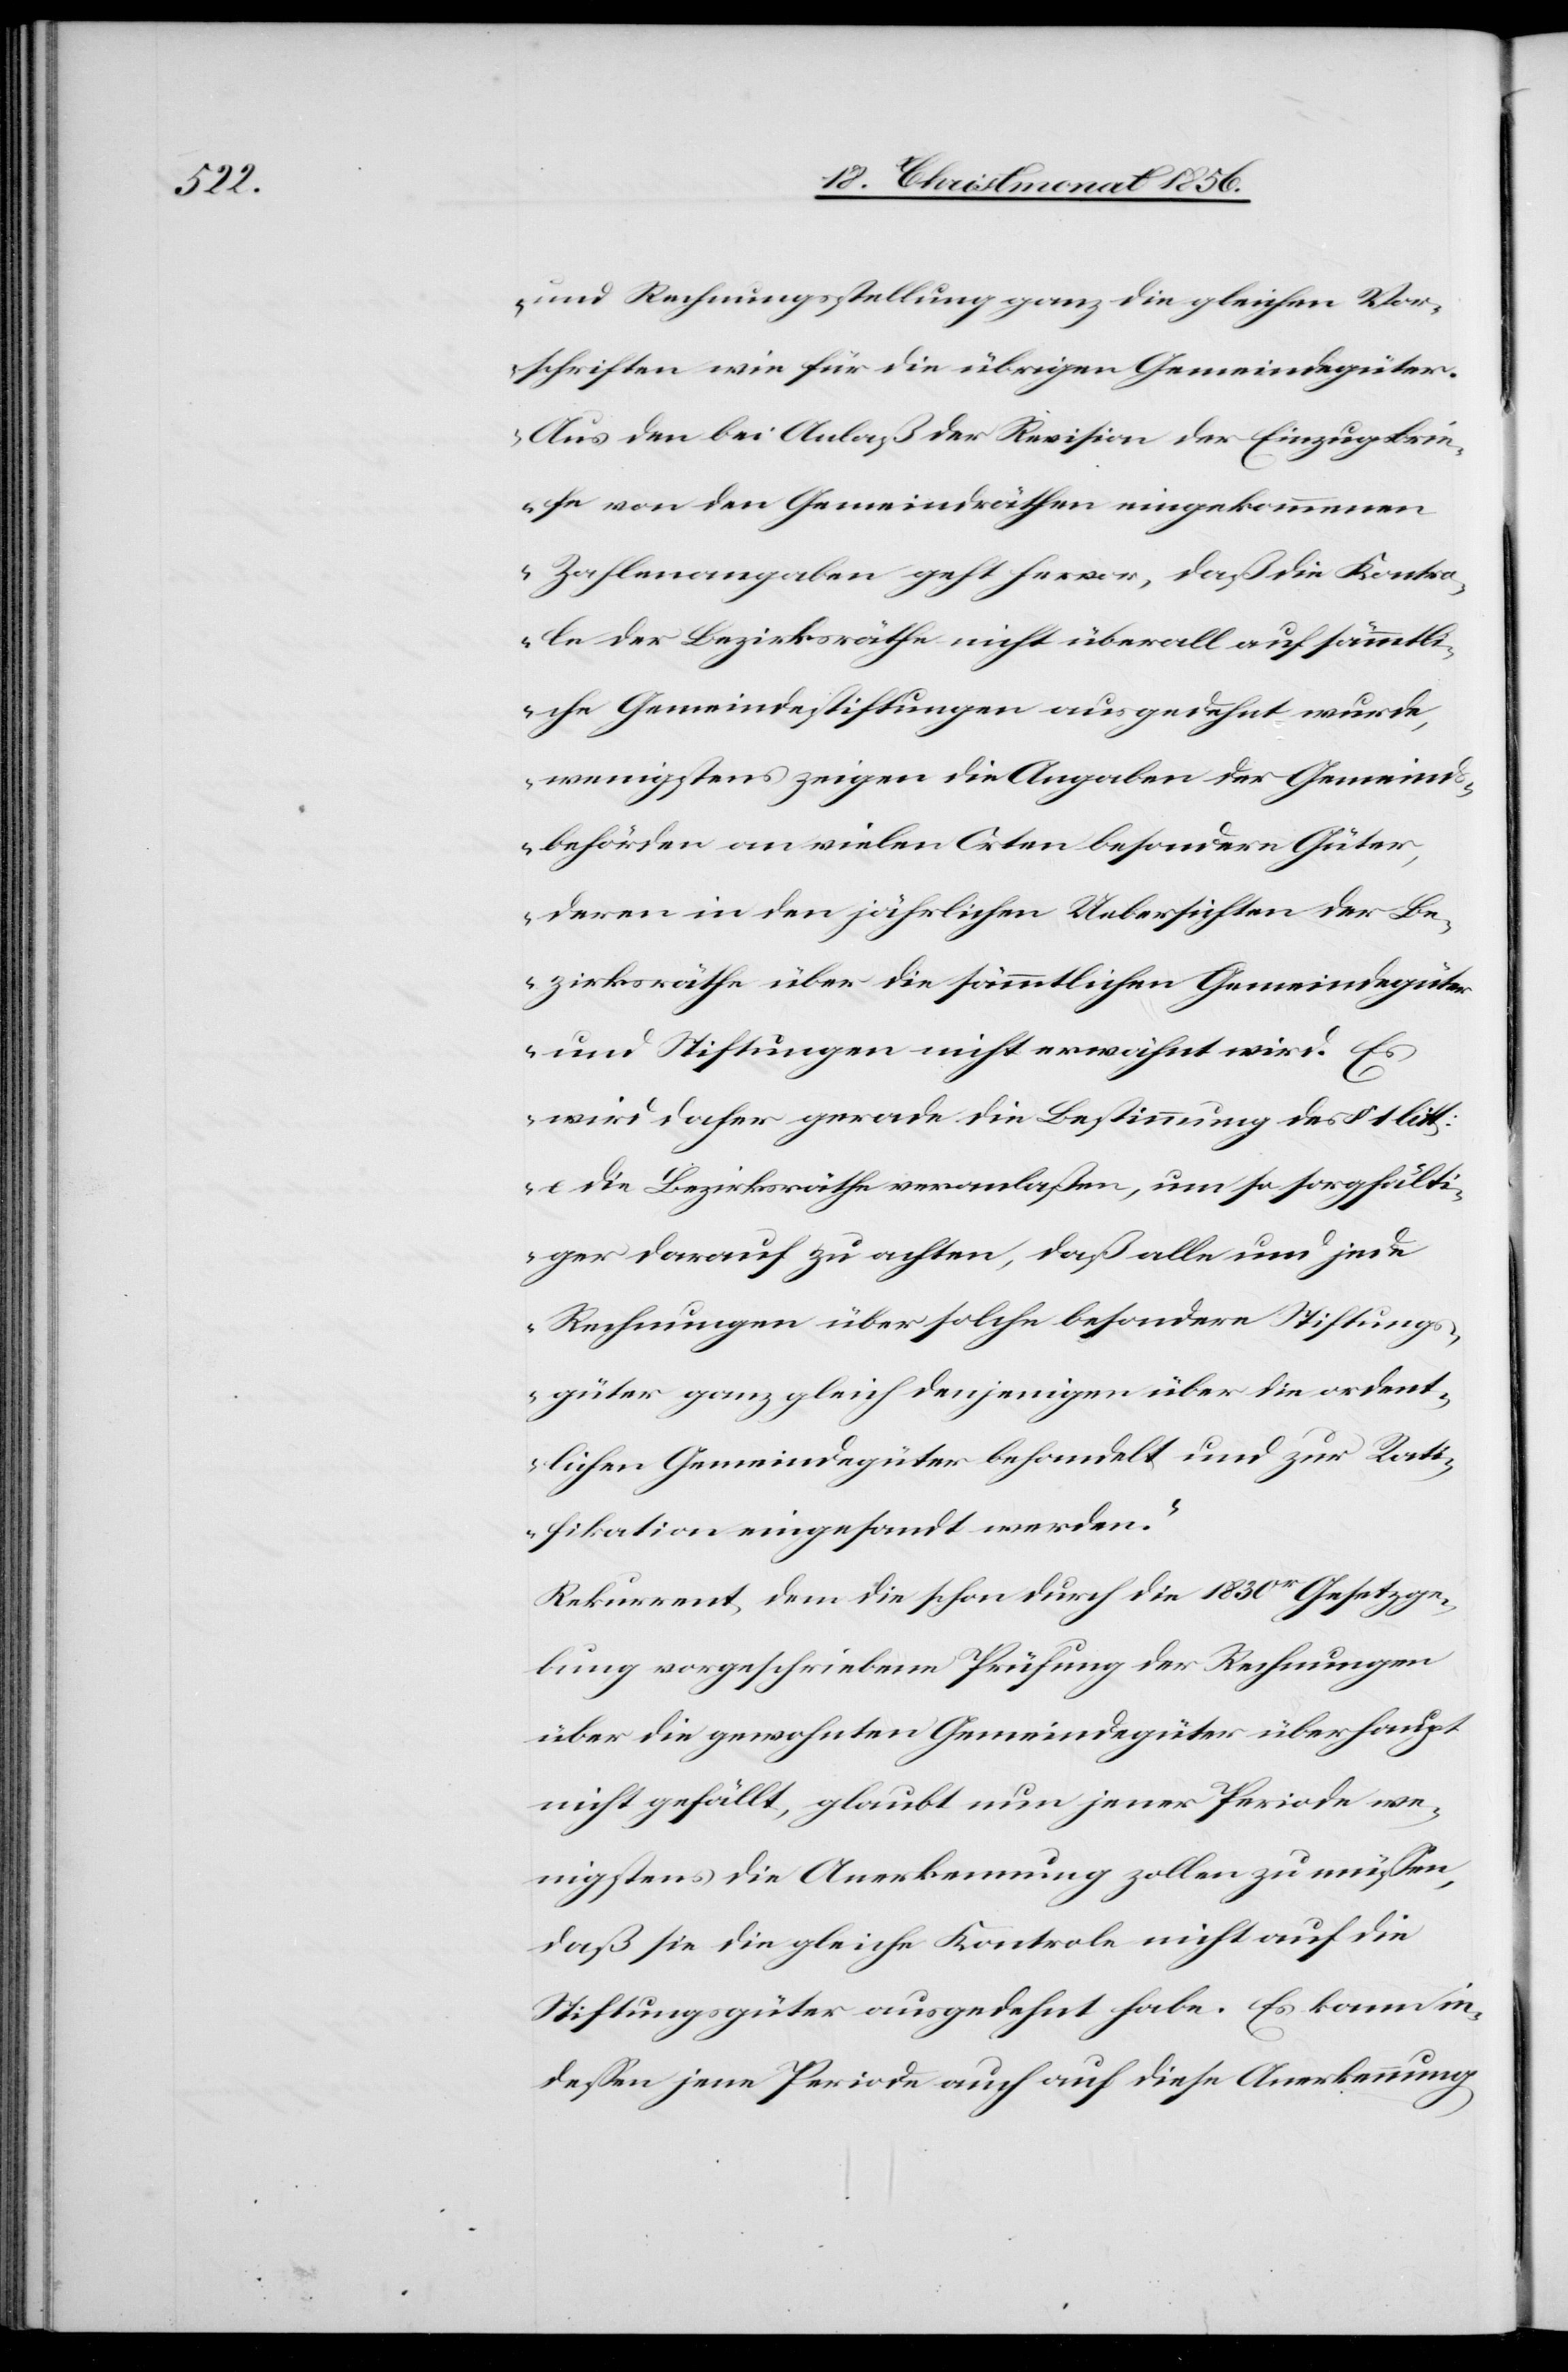
und Rechnungsstellung ganz die gleichen Vor¬
schriften wie für die übrigen Gemeindegüter.
Aus den bei Anlaß der Revision der Einzugsbrie¬
fe von den Gemeindräthen eingekommenen
Zahlenangaben geht hervor, daß die Kontro¬
le der Bezirksräthe nicht überall auf sämmtli¬
che Gemeindestiftungen ausgedehnt wurde,
wenigstens zeigen die Angaben der Gemeind¬
sbehörden an vielen Orten besondere Güter,
deren in den jährlichen Uebersichten der Be¬
zirksräthe über die sämmtlichen Gemeindegüter
und Stiftungen nicht erwähnt wird. Es
wird daher gerade die Bestimmung der § 1 litt:
e die Bezirksräthe veranlaßen, um so sorgfälti¬
ger darauf zu achten, daß alle und jede
Rechnungen über solche besondere Stiftung¬
sgüter ganz gleich denjenigen über die ordent¬
lichen Gemeindegüter behandelt und zur Rati¬
fikation eingesandt werden.“
Rekurrent, dem die schon durch die 1830er Gesetzge¬
bung vorgeschriebene Prüfung der Rechnungen
über die gewohnten Gemeindegüter überhaupt
nicht gefällt, glaubt nun jener Periode we¬
nigstens die Anerkennung zollen zu müssen,
daß sie die gleiche Kontrole nicht auf die
Stiftungsgüter ausgedehnt habe. Es kann in¬
dessen jene Periode auch auf diese Anerkennung